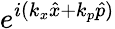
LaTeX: e^{i(k_{x}\hat{x}+k_{p}\hat{p})}